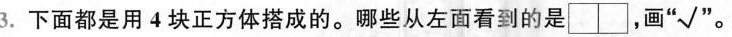
3.下面都是用4块正方体搭成的。哪些从左面看到的是\Box \Box ，画”√”。